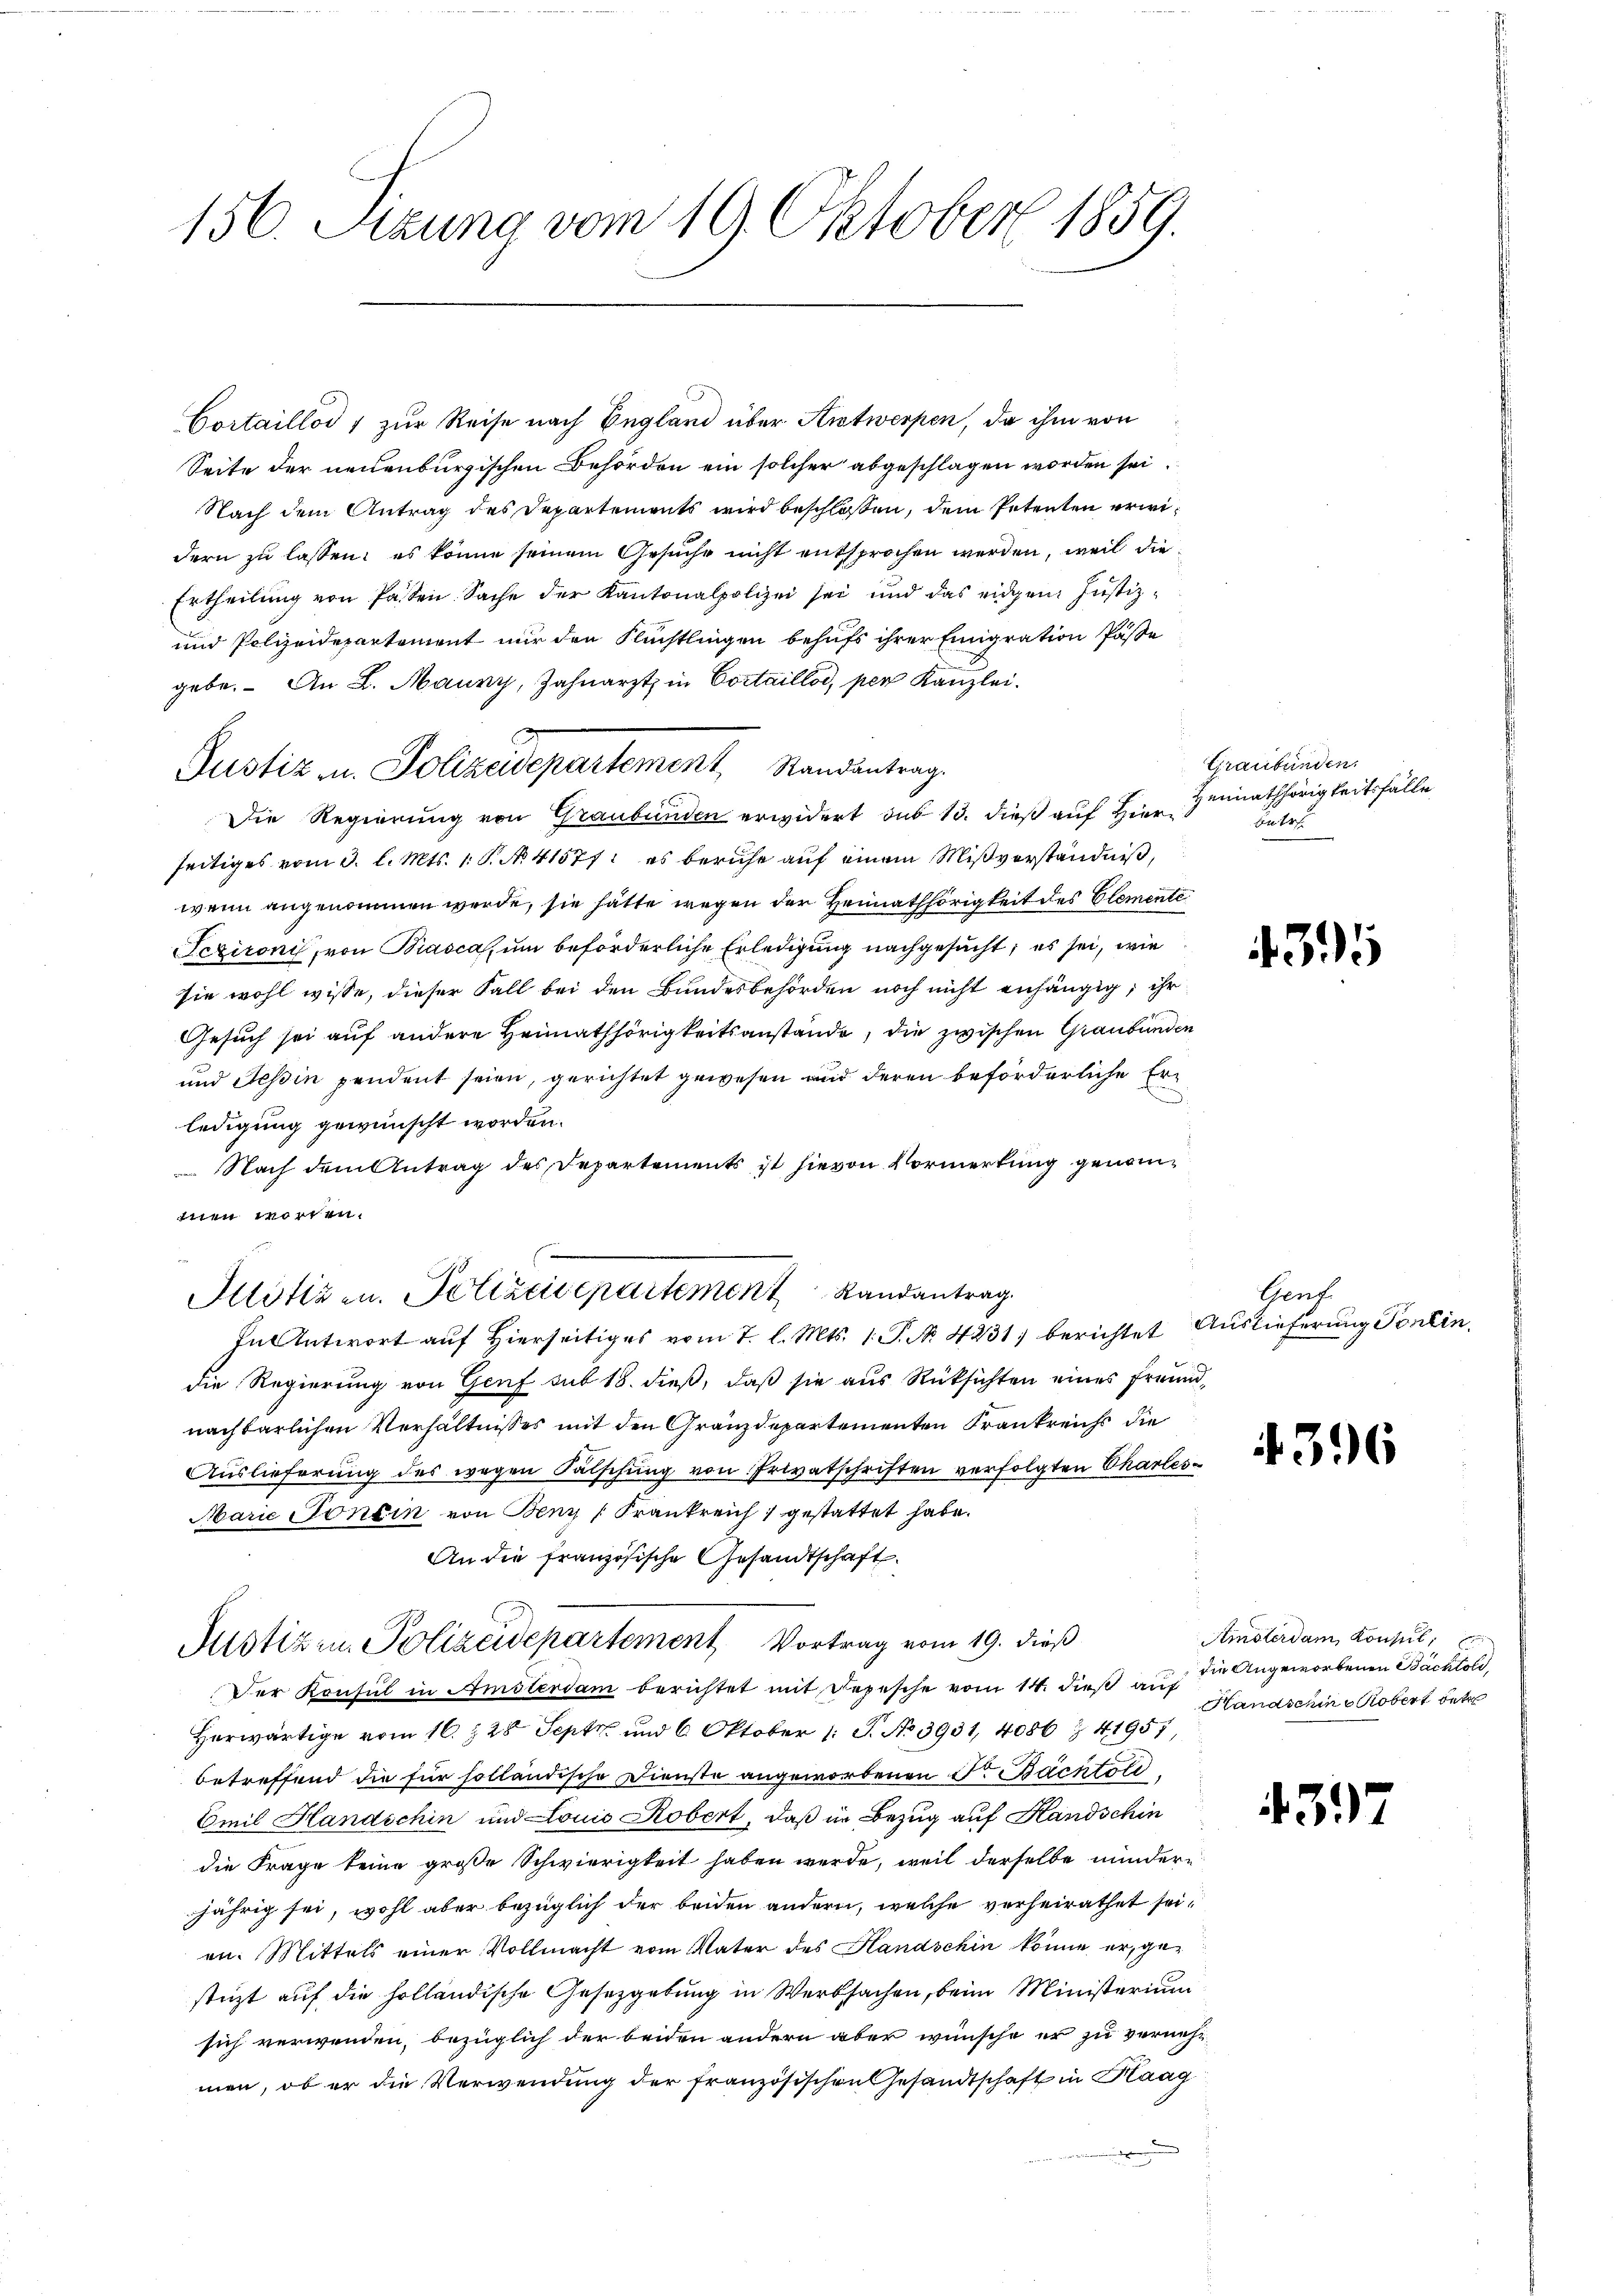
156. Sitzung vom 19. Oktober 1859.

Cortaillod 1 zur Reise nach England über Antwerpen, da ihm von
Seite der neuenburgischen Behörden ein solcher abgeschlagen worden sei.
Nach dem Antrag des Departements wird beschlossen, dem Petenten erwidern zu lassen: es könne seinem Gesuche nicht entsprochen werden, weil die
Ertheilung von Pasten Sache der Kantonalpolizei sei und das eidgen: Justiz¬
und Polizeidepartement nur den Flüchtlingen behufs ihrer Emigration Pässe
gebe. An L. Maury, Zahnarzt in Cortaillos, per Kanzlei.
Die Regierung von Graubünden erwidert das 13. dieß auf Hier
seitiges vom 3. l. Mts. 1. P. N. 41577: es beruhe auf einem Mißverständniß,
wenn angenommen werde, sie hätte wegen der Heimathörigkeit des Elemente
Sczironi, von Biasca, um beförderliche Erledigung nachgesucht, es sei, wie
sie wohl wisse, dieser Fall bei den Bundesbehörden noch nicht anhängig, ihr
Gesuch sei auf andere Heimathörigkeitsanstände, die zwischen Graubünden
und Tessin pendent seien, gerichtet gewesen und deren beförderliche Erledigung gewünscht worden.
Nach dem Antrag des Departements ist hievon Vormerkung genominen worden.
In Antwort auf Hierseitiges vom 7. l. Mts. 1. P. No. 4231. berichtet Auslieferung Pontin.
die Regierung von Genf sub 18. dieß, daß sie aus Rücksichten eines Freundnachbarlichen Verhältnisses mit den Gränzdepartementen Frankreich die
Auslieferung des wegen Falschung von Privatschriften verfolgten Chartes
Marie Tonein von Benz (Frankreich 1 gestattet habe.
An die französische Gesandtschaft.
Justiz in Polizeidepartement Vortrag vom 19. dieß
Der Konsul in Amsterdam berichtet mit Depesche vom 14. dieß auf
Herwärtige vom 16. 28 Sept. und 6 Oktober 1 S. No. 3931, 4086 & 41951
betreffend die für solländische Dienste angeworbenen Fr. Bachtold
Emil Handschin und Louis Robert, daß in Bezug auf Handschin
die Frage keine große Schwierigkeit haben werde, weil derselbe mindere
jährig sei, wohl aber bezüglich der beiden andern, welche verheirathet sei,
en. Mittels einer Vollmacht vom Vater des Handschin könne er, gestüzt auf die holländische Gesetzgebung in Werksachen, beim Ministerium
sich verwenden, bezüglich der beiden andern aber wünsche er zu vernehmen, ob er die Verwendung der französischen Gesandtschaft in Haag

Justiz u. Polizeidepartement, Randantrag

Klötizen. Polizeisepartement Landantrag.

Graubünden.
Heimathörigkeitsfälle
betr.

435

Gent.

4. 396

Ainsterdam Konsul,
die Angeworbenen Bäcktold,
Handschin Robert betr

397